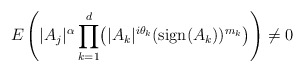
\begin{align*} E\left( |A_j|^\alpha \prod_{k=1}^d \bigl( |A_k|^{i\theta_k} ({\rm sign}(A_k))^{m_k}\bigr)\right) \not= 0 \end{align*}